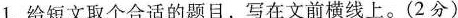
1.给短文取个合适的题目，写在文前横线上。(2分)